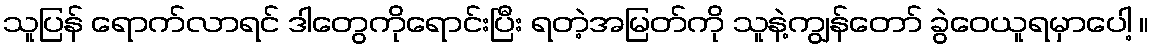
သူပြန် ရောက်လာရင် ဒါတွေကိုရောင်းပြီး ရတဲ့အမြတ်ကို သူနဲ့ကျွန်တော် ခွဲဝေယူရမှာပေါ့ ။